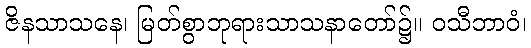
ဇိနသာသနေ၊ မြတ်စွာဘုရားသာသနာတော်၌။ ဝသီဘာဝံ၊